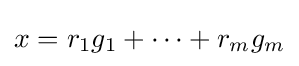
x=r_{1}g_{1}+\cdots +r_{m}g_{m}